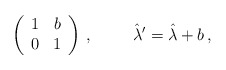
\begin{align*}\left(\begin{array}{rr}1 & b \\0 & 1 \\\end{array}\right)\, , \hspace{1cm}\hat{\lambda}^{\prime} = \hat{\lambda} +b\, ,\end{align*}